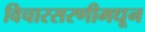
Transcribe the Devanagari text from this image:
विचारसरणीमधून